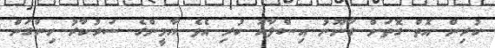
ކުރިން އޮތް ގޮތަށް ގާނޫނު އިސްލާހު ކުރި އެވެ ޔާމީންގެ ސަރުކާރު ހިންގަން